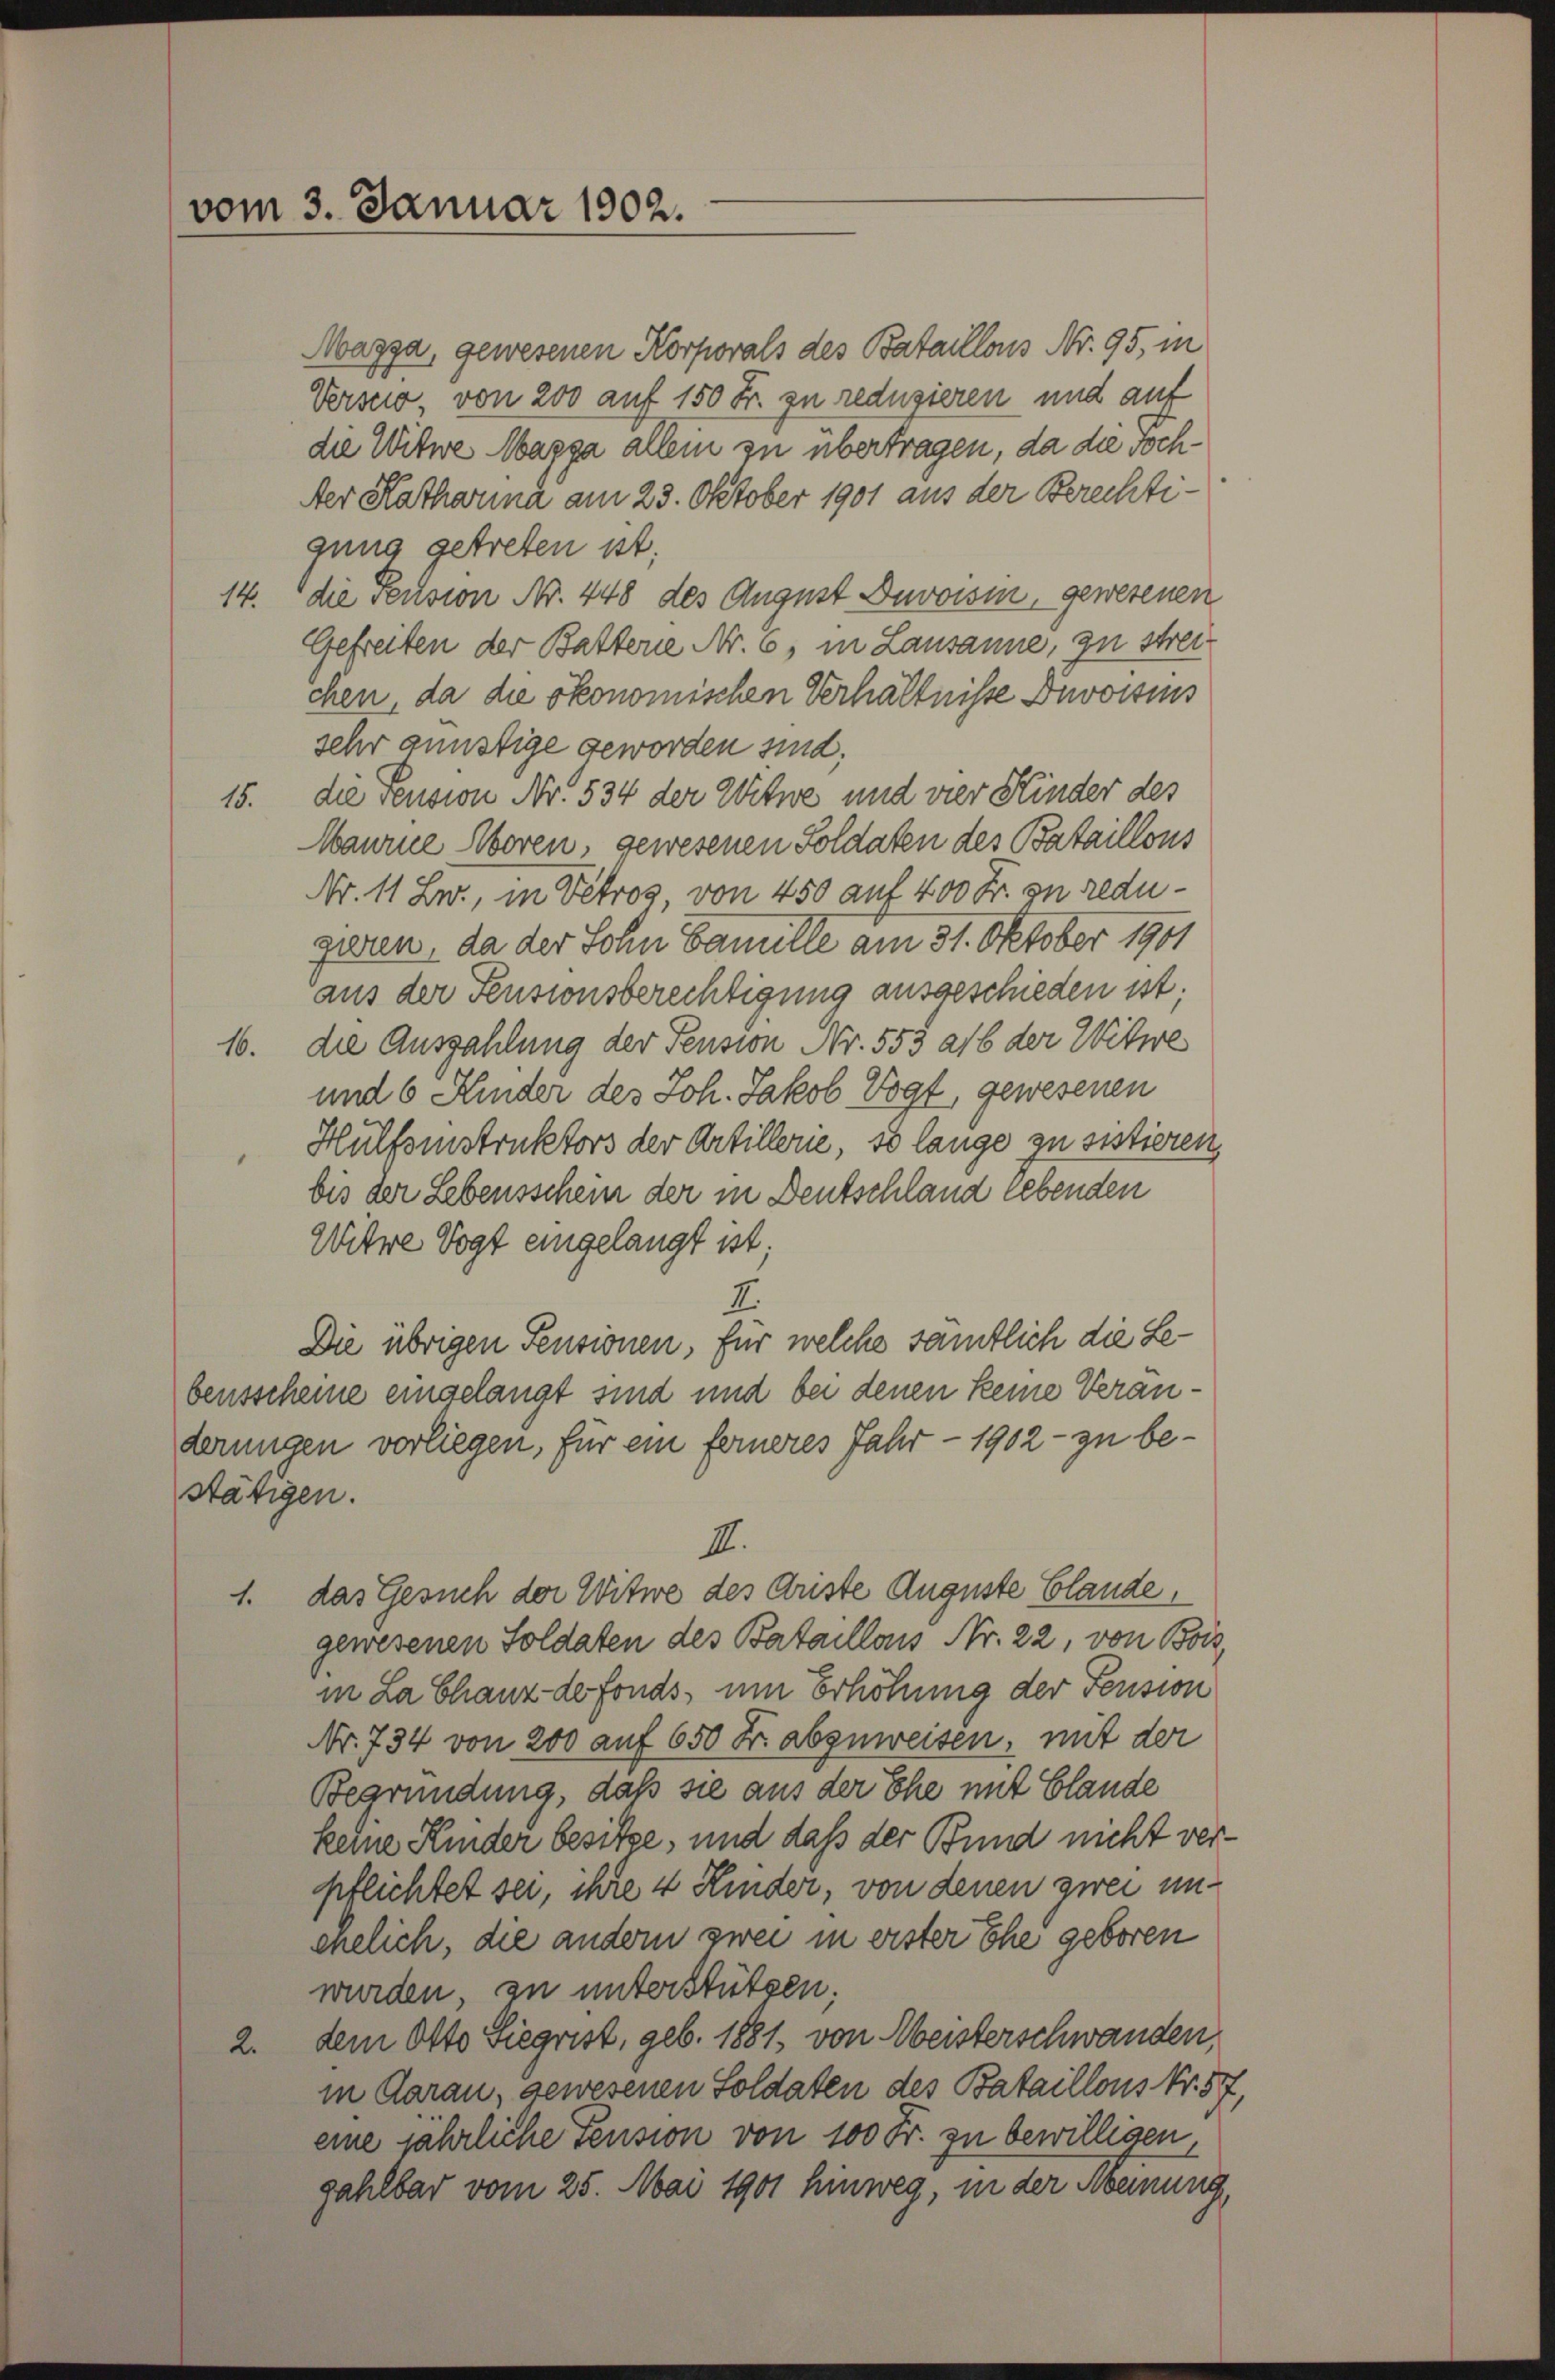
vom 3. Januar 1902.

Magga, gewesenen Korporals des Bataillons Nr. 95, in
Versio, von 200 auf 150 Fr. zu reduzieren und auf
die Witwe Marga allem zu übertragen, da die Toch¬
Aer Katharina am 23. Oktober 1901 aus der Berechtigung getreten ist.
14. die Pension Nr. 448 des August Devoisin, gewesenen
Gefreiten der Batterie Nr. 6, in Lausanne, zu streichen, da die ökonomischen Verhältnisse Divoisins
sehr günstige geworden sind,
15. die Pension Nr. 534 der Witwe und vier Kinder des
Maurne Aboren, gewesenen Soldaten des Bataillons
Nr. 11 Zw., in Vetros, von 450 auf 400 Fr. zu reduguren, da der Sohn Famille am 31. Oktober 1901
aus der Pensionsberechtigung ausgeschieden ist;
16. die Auszahlung der Pension Nr. 553 ab der Witwe
und 6 Kinder des Joh. Jakob Vogt, gewesenen
Hülfsinstruktors der Artillerie, so lange zu sistieren,
bis der Lebensschein der in Deutschland lebenden
Witwe Vogt eingelangt ist
E
Die übrigen Pensionen, für welche sämtlich die Lebensscheine eingelangt sind und bei denen keine Veränderungen vorliegen, für ein ferneres Jahr - 1902 - zu bestätigen.
II.
1. das Gesuch der Witwe des Ariste Auguste Claude,
gewesenen Soldaten des Bataillons Nr. 22, von Bois
in La Chanz de fonds, um Erhöhung der Pension
Nr. 734 von 200 auf 650 Fr. abzuweisen, mit der
Begründung, daß sie aus der Ehe mit Claude
keine Kinder besitze, und daß der Bund nicht verpflichtet sei, ihre 4 Kinder, von denen zwei unenelich, die andern zwei in erster Ehe geboren
wurden zu unterstützen.
2. dem Otto Siegrist, geb. 1881, von Meisterschwanden,
in Aarau, gewesenen Soldaten des Bataillons Nr. 57,
eine jährliche Pension von 100 Fr. zu bewilligen,
gahlbar vom 25. Mai 1901 hinweg, in der Meinung,